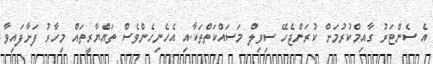
އެ ސެންޓަރު ގާއިމްކުރުމަށް ކުރަންޖެހޭ ސިވިލް މަސައްކަތްތަކާއި އެހެނިހެންވެސް ތައްޔާރީތައް މިހާރު ފަށާފައިވާ